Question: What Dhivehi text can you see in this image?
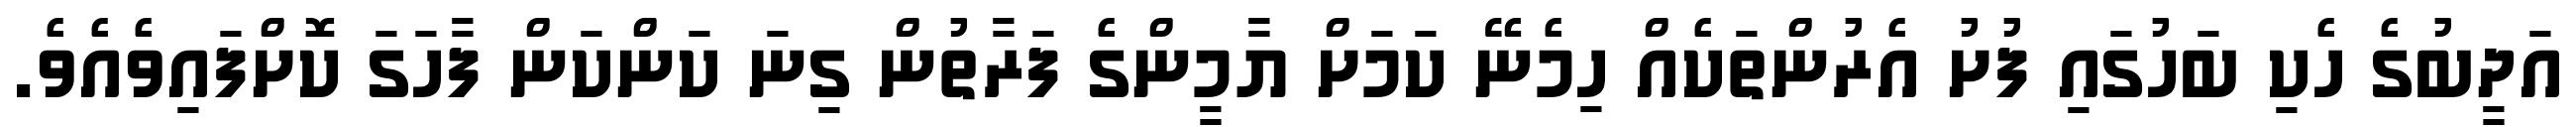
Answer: އަދީބުގެ ހެކި ބަހުގައި ފުށު އެރުންތަކެއް ހިމެނޭ ކަމަށް ޔާމީންގެ ފަރާތުން ގިނަ ކަންކަން ފާހަގަ ކޮށްފައިވެއެވެ.